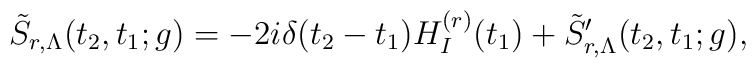
\tilde S_{r,\Lambda}(t_2,t_1;g)=-2i\delta(t_2-t_1)H_I^{(r)}(t_1)+\tilde S'_{r,\Lambda}(t_2,t_1;g),